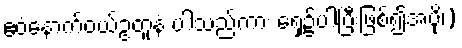
ဧဝံနောက်ဝယ်ဥတူနံ ပါသည်ကား ရှေ့၌ပါပြီးဖြစ်၍အပို၊)